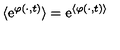
\langle \mathrm { e } ^ { \varphi ( \cdot , t ) } \rangle = \mathrm { e } ^ { \langle \varphi ( \cdot , t ) \rangle }